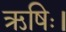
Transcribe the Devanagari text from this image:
ऋषिः।